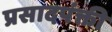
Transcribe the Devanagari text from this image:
प्रसादपंक्ती